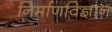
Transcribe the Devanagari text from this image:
निर्माणविज्ञान